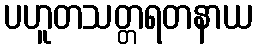
ပဟူတသတ္တရတနာယ